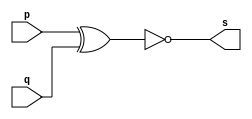
// -- PUC Minas - Instituto de Ciencias Exatas e Informatica
// -- Ciencia da Computacao - Professor Theldo Cruz
// Nome: ANA CRISTINA PEREIRA TEIXEIRA

// 03 - Construir a tabela_verdade para a porta XNOR com 2 entradas
// Obs - Usar operador ( ~(a^b) ) na definicao do modulo

// Exercicio0003 - xnor

// --------------------- 
// -- xnor gate 
// --------------------- 
module xnorgate (output s, input p, input q);
	assign s = ~(p ^ q); // vinculo permanente
endmodule // xnor

// --------------------- 
// -- test xnorgate 
// --------------------- 
module testxnorgate;
	// ------------------------- dados locais
	reg a, b; // definir registrador
	wire s; // definir conexao (fio)
	
	// ------------------------- instancia
	xnorgate XNOR1 (s, a, b);
	
	// ------------------------- preparacao
	initial begin:start
		a = 0;
		b = 0;
	end
	
	// ------------------------- parte principal
	initial begin:main
		$display("Exercicio 0003 - ANA CRISTINA - 427385");
		$display("Test xnor gate");
		$display("\n ~(a ^ b) = s\n");
		
		$monitor("~(%b ^ %b) = %b", a, b, s);
		#1 a = 0; b = 0;
		#1 a = 0; b = 1;
		#1 a = 1; b = 0;
		#1 a = 1; b = 1;
	end
endmodule // testxnorgate

// -- Testes
// Exercicio 0003 - ANA CRISTINA - 427385
// Test xnor gate
// ~(a ^ b) = s
// ~(0 ^ 0) = 1
// ~(0 ^ 1) = 0
// ~(1 ^ 0) = 0
// ~(1 ^ 1) = 1